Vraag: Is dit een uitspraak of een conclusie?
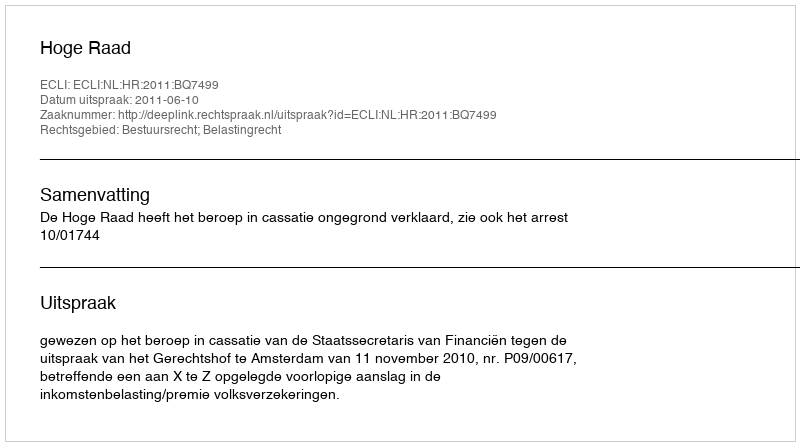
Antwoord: Uitspraak